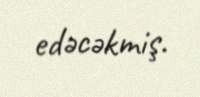
edəcəkmiş.